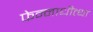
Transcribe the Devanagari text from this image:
फेन्नाधीत्था